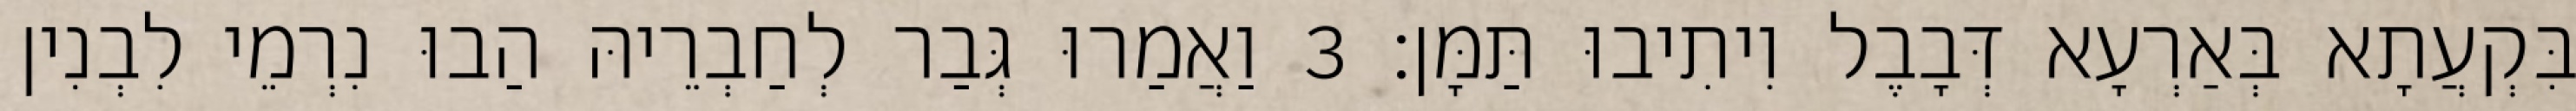
בִּקְעֲתָא בְּאַרְעָא דְּבָבֶל וִיתִיבוּ תַּמָּן׃ 3 וַאֲמַרוּ גְּבַר לְחַבְרֵיהּ הַבוּ נִרְמֵי לִבְנִין